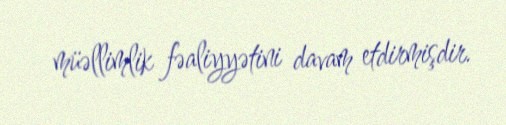
müəllimlik fəaliyyətini davam etdirmişdir.